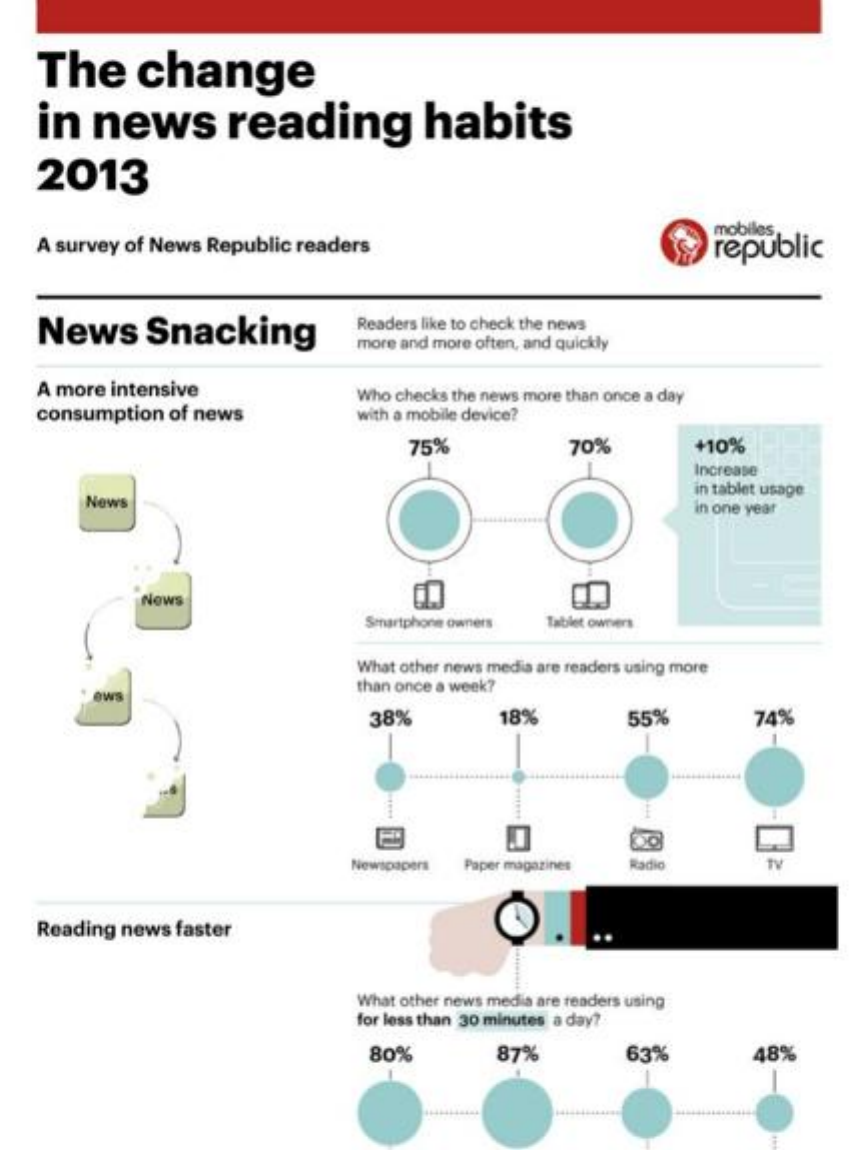
The    change
     in  news    reading    habits
    2013
    A survey of News  Republic readers
     mobiles
     republic
    News    Snacking    Readers like to check the news
     more and more often, and quickly
    A more  intensive
    consumption   of news
     Who checks the news more than once a day
     with a mobile device?
     75%    70%    +10%
     Increase
     News
     in tablet usage
     in one year
     News
     Smartphone owners  Tablet owners
     What other news media are readers using more
     ews
     than once a week?
     38%    18%    55%    74%
     4444
     Newspapers  Paper magazines   Radio    TV
    Reading  news  faster
     What other news media are readers using
     for less than 30 minutes a day?
     80%    87%    63%    48%